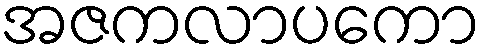
အဇကလာပကော